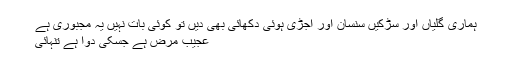
ہماری گلیاں اور سڑکیں سنسان اور اجڑی ہوئی دکھائی بھی دیں تو کوئی بات نہیں یہ مجبوری ہے
عجیب مرض ہے جسکی دوا ہے تنہائی